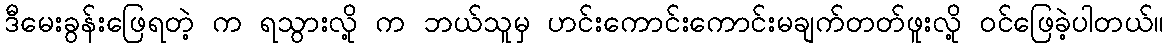
ဒီမေးခွန်းဖြေရတဲ့ က ရသွားလို့ က ဘယ်သူမှ ဟင်းကောင်းကောင်းမချက်တတ်ဖူးလို့ ဝင်ဖြေခဲ့ပါတယ်။